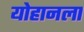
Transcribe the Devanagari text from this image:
योहानला